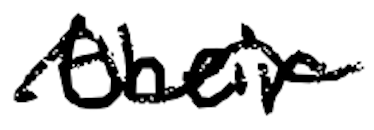
Text: their
Cross-out: wave
Writing tool: digital_black